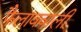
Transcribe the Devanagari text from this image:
फैलाववाली